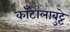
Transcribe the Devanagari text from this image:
काँटालाबुट्टे